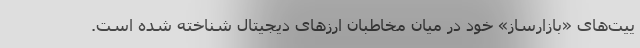
ییت‌های «بازارساز» خود در میان مخاطبان ارزهای دیجیتال شناخته شده است.